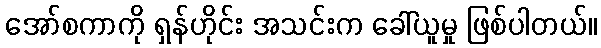
အော်စကာကို ရှန်ဟိုင်း အသင်းက ခေါ်ယူမှု ဖြစ်ပါတယ်။